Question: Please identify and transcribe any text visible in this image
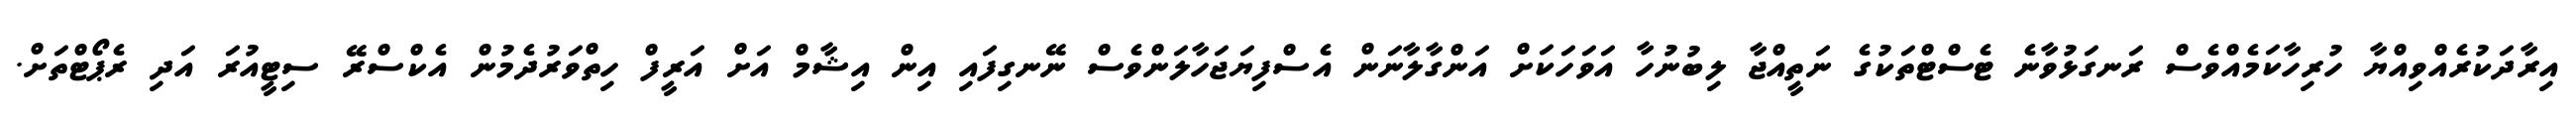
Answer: އިރާދަކުރެއްވިއްޔާ ހުރިހާކަމެއްވެސް ރަނގަޅުވާނެ ޓެސްޓްތަކުގެ ނަތީއްޖާ ލިބުނުހާ އަވަހަކަށް އަންގާލާނަން އެސްފިޔަޖަހާލަންވެސް ނޭނގިފައި އިން އިޝާމް އަށް އަރީފް ހިތްވަރުދެމުން އެކްސްރޭ ސިޓީއުރަ އަދި ރެޕޯޓްތަށް.